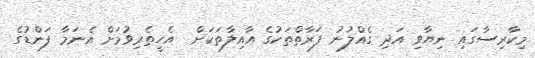
މިކާރިސާގައި ނިޔާވި އަދި ގެއްލުނު ފަރާތްތަކުގެ އާއިލާތަކަށް  އެހީތެރިވުމަށް އެނަމާ ފަންޑުގެ